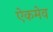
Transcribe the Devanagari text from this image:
ऐकमेव